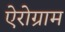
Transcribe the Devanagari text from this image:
ऐरोग्राम